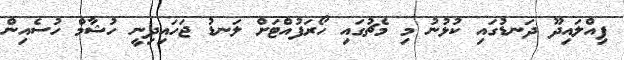
ފިއްލައިދޫ ދަނޑުގައި ކުޅުނު މި މެޗުގައި ހޯރަފުއްޓަށް ލަނޑު ޖަހައިދިނީ ހުޝާމް ހުސެއިން